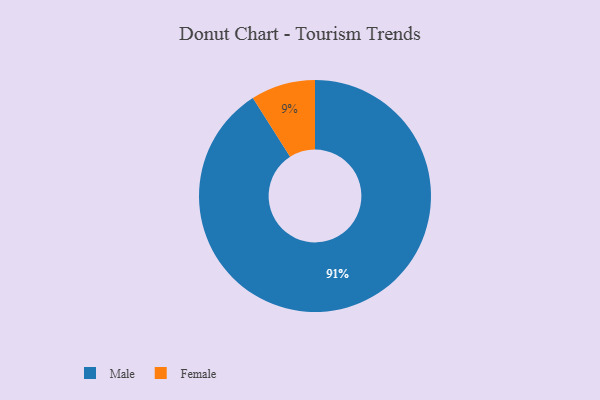
{"axis": {"x": "Category", "y": "Percentage"}, "legend": ["Female", "Male"], "data": [{"x": "Female", "y": 9, "type": "Female"}, {"x": "Male", "y": 91, "type": "Male"}]}